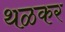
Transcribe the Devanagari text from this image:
थळकर